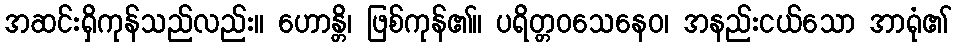
အဆင်းရှိကုန်သည်လည်း။ ဟောန္တိ၊ ဖြစ်ကုန်၏။ ပရိတ္တဝသေနေဝ၊ အနည်းငယ်သော အာရုံ၏